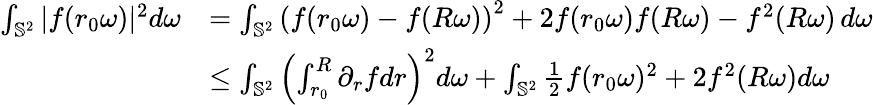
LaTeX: \begin{array}{rl}{\int_{\mathbb{S}^{2}}|f(r_{0}\omega)|^{2}d\omega}&{=\int_{\mathbb{S}^{2}}\left(f(r_{0}\omega)-f(R\omega)\right)^{2}+2f(r_{0}\omega)f(R\omega)-f^{2}(R\omega)\, d\omega}\\ &{\leq\int_{\mathbb{S}^{2}}\left(\int_{r_{0}}^{R}\partial_{r}fdr\right)^{2}d\omega+\int_{\mathbb{S}^{2}}\frac 12f(r_{0}\omega)^{2}+2f^{2}(R\omega)d\omega}\end{array}